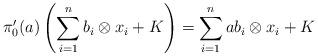
LaTeX: \begin{align*}\pi'_0(a)\left(\sum\limits_{i=1}^n b_i\otimes {x_i} +{K}\right) =\sum\limits_{i=1}^n ab_i\otimes {x_i}+{K}~ \end{align*}